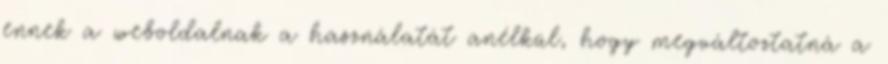
ennek a weboldalnak a használatát anélkül, hogy megváltoztatná a